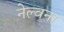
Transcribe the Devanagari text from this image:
नेल्वना